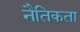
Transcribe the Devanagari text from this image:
नैतिकता